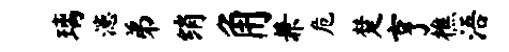
璃漶弟绡角兼危楚亨樵浯